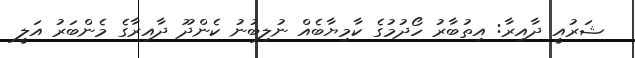
ޝަރުއީ ދާއިރާ: އިތުބާރު ހޯދުމުގެ ކާމިޔާބެއް ނުލިބުނު ކެންދޫ ދާއިރާގެ މެންބަރު އަލީ